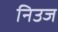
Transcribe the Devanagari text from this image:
निउज